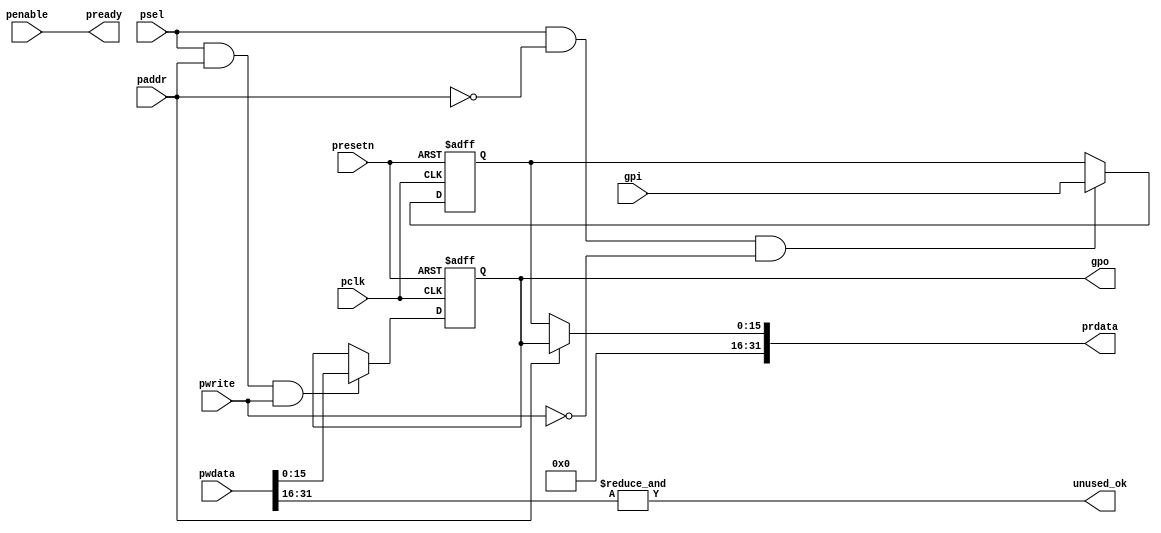
module gpio_top #
(
  parameter               GPI_W  = 16,        // GPI width
  parameter               GPO_W  = 16         // GPO width
)
(
  //----------------------------------------------------------------------------------------------------------------------
  // Inputs
  //----------------------------------------------------------------------------------------------------------------------
  input                   pclk,               // AMBA APB Clock signal
  input                   presetn,            // AMBA APB Reset signal
  input                   paddr,              // AMBA APB Address
  input  [31:0]           pwdata,             // AMBA APB Write Data
  input                   psel,               // AMBA APB Select signal
  input                   penable,            // AMBA APB Enable signal
  input                   pwrite,             // AMBA APB Write signal
  input  [GPI_W-1:0]      gpi,                // General Purpose Inputs

  //----------------------------------------------------------------------------------------------------------------------
  // Outputs
  //----------------------------------------------------------------------------------------------------------------------
  output                  unused_ok,          // Unused signals
  output [31:0]           prdata,             // AMBA APB Read Data
  output                  pready,             // AMBA APB Ready signal
  output [GPO_W-1:0]      gpo                 // General Purpose Outputs
);
  //----------------------------------------------------------------------------------------------------------------------
  // Internal signals
  //----------------------------------------------------------------------------------------------------------------------
  reg    [GPI_W-1:0]      gpi_reg;            // GPI Register
  reg    [GPO_W-1:0]      gpo_reg;            // GPO Register
  wire                    addressing_gpi;     // AMBA APB Write Data
  wire                    addressing_gpo;     // AMBA APB Write Data
  
  //----------------------------------------------------------------------------------------------------------------------
  // APB Address Decoder
  //----------------------------------------------------------------------------------------------------------------------
  
  // Addressing the GPI register
  assign addressing_gpi = paddr == 1'b0;
  
  // Addressing the GPO register
  assign addressing_gpo = paddr == 1'b1;
  
  //----------------------------------------------------------------------------------------------------------------------
  // GPI Register
  //----------------------------------------------------------------------------------------------------------------------
  always @(posedge pclk or negedge presetn)
  begin
    if (~presetn)
      gpi_reg <= {GPI_W{1'b0}};
    else if (psel & addressing_gpi & ~pwrite)
      gpi_reg <= gpi;
    else
      gpi_reg <= gpi_reg;
  end
  
  //----------------------------------------------------------------------------------------------------------------------
  // GPO Register
  //----------------------------------------------------------------------------------------------------------------------
  always @(posedge pclk or negedge presetn)
  begin
    if (~presetn)
      gpo_reg <= {GPO_W{1'b0}};
    else if (psel & addressing_gpo & pwrite)
      gpo_reg <= pwdata[GPO_W-1:0];
    else
      gpo_reg <= gpo_reg;
  end
  
  assign gpo = gpo_reg;
  
  //----------------------------------------------------------------------------------------------------------------------
  // APB Slave interface
  //----------------------------------------------------------------------------------------------------------------------
  
  // Reverse penable as pready
  assign pready = penable;
  
  // Multiplex prdata based on paddr
  assign prdata = addressing_gpi ? {{32-GPI_W{1'b0}}, gpi_reg}: 
                                   {{32-GPO_W{1'b0}}, gpo_reg};
                                   
  //----------------------------------------------------------------------------------------------------------------------
  // Unused signals
  //----------------------------------------------------------------------------------------------------------------------
  assign unused_ok = &pwdata[31:16];

endmodule